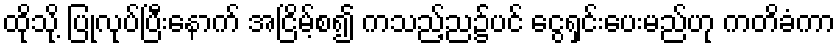
ထိုသို့ ပြုလုပ်ပြီးနောက် အငြိမ့်စ၍ ကသည့်ည၌ပင် ငွေရှင်းပေးမည်ဟု ကတိခံကာ